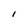
Character: l